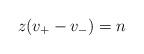
LaTeX: \begin{align*} z(v_+-v_-)=n\end{align*}